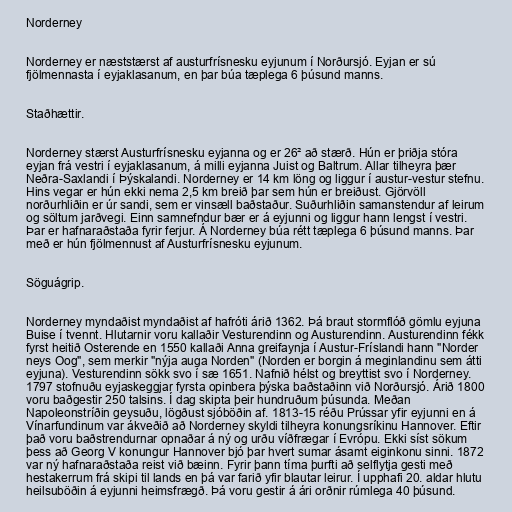
Norderney

Norderney er næststærst af austurfrísnesku eyjunum í Norðursjó. Eyjan er sú
fjölmennasta í eyjaklasanum, en þar búa tæplega 6 þúsund manns.

Staðhættir.

Norderney stærst Austurfrísnesku eyjanna og er 26² að stærð. Hún er þriðja stóra
eyjan frá vestri í eyjaklasanum, á milli eyjanna Juist og Baltrum. Allar tilheyra þær
Neðra-Saxlandi í Þýskalandi. Norderney er 14 km löng og liggur í austur-vestur stefnu.
Hins vegar er hún ekki nema 2,5 km breið þar sem hún er breiðust. Gjörvöll
norðurhliðin er úr sandi, sem er vinsæll baðstaður. Suðurhliðin samanstendur af leirum
og söltum jarðvegi. Einn samnefndur bær er á eyjunni og liggur hann lengst í vestri.
Þar er hafnaraðstaða fyrir ferjur. Á Norderney búa rétt tæplega 6 þúsund manns. Þar
með er hún fjölmennust af Austurfrísnesku eyjunum.

Söguágrip.

Norderney myndaðist myndaðist af hafróti árið 1362. Þá braut stormflóð gömlu eyjuna
Buise í tvennt. Hlutarnir voru kallaðir Vesturendinn og Austurendinn. Austurendinn fékk
fyrst heitið Osterende en 1550 kallaði Anna greifaynja í Austur-Fríslandi hann "Norder
neys Oog", sem merkir "nýja auga Norden" (Norden er borgin á meginlandinu sem átti
eyjuna). Vesturendinn sökk svo í sæ 1651. Nafnið hélst og breyttist svo í Norderney.
1797 stofnuðu eyjaskeggjar fyrsta opinbera þýska baðstaðinn við Norðursjó. Árið 1800
voru baðgestir 250 talsins. Í dag skipta þeir hundruðum þúsunda. Meðan
Napoleonstríðin geysuðu, lögðust sjóböðin af. 1813-15 réðu Prússar yfir eyjunni en á
Vínarfundinum var ákveðið að Norderney skyldi tilheyra konungsríkinu Hannover. Eftir
það voru baðstrendurnar opnaðar á ný og urðu víðfrægar í Evrópu. Ekki síst sökum
þess að Georg V konungur Hannover bjó þar hvert sumar ásamt eiginkonu sinni. 1872
var ný hafnaraðstaða reist við bæinn. Fyrir þann tíma þurfti að selflytja gesti með
hestakerrum frá skipi til lands en þá var farið yfir blautar leirur. Í upphafi 20. aldar hlutu
heilsuböðin á eyjunni heimsfrægð. Þá voru gestir á ári orðnir rúmlega 40 þúsund.